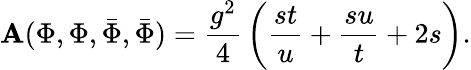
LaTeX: {\cal\mathbf{A}}(\Phi,\Phi,{\bar{{\Phi}}},{\bar{{\Phi}}})={\frac{{g^{2}}}{{4}}}\left({\frac{{st}}{{u}}}+{\frac{{su}}{{t}}}+2s\right).